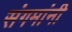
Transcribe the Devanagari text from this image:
संगमांनी